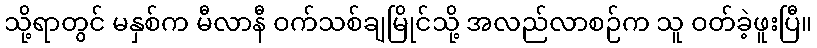
သို့ရာတွင် မနှစ်က မီလာနီ ဝက်သစ်ချမြိုင်သို့ အလည်လာစဉ်က သူ ဝတ်ခဲ့ဖူးပြီ။